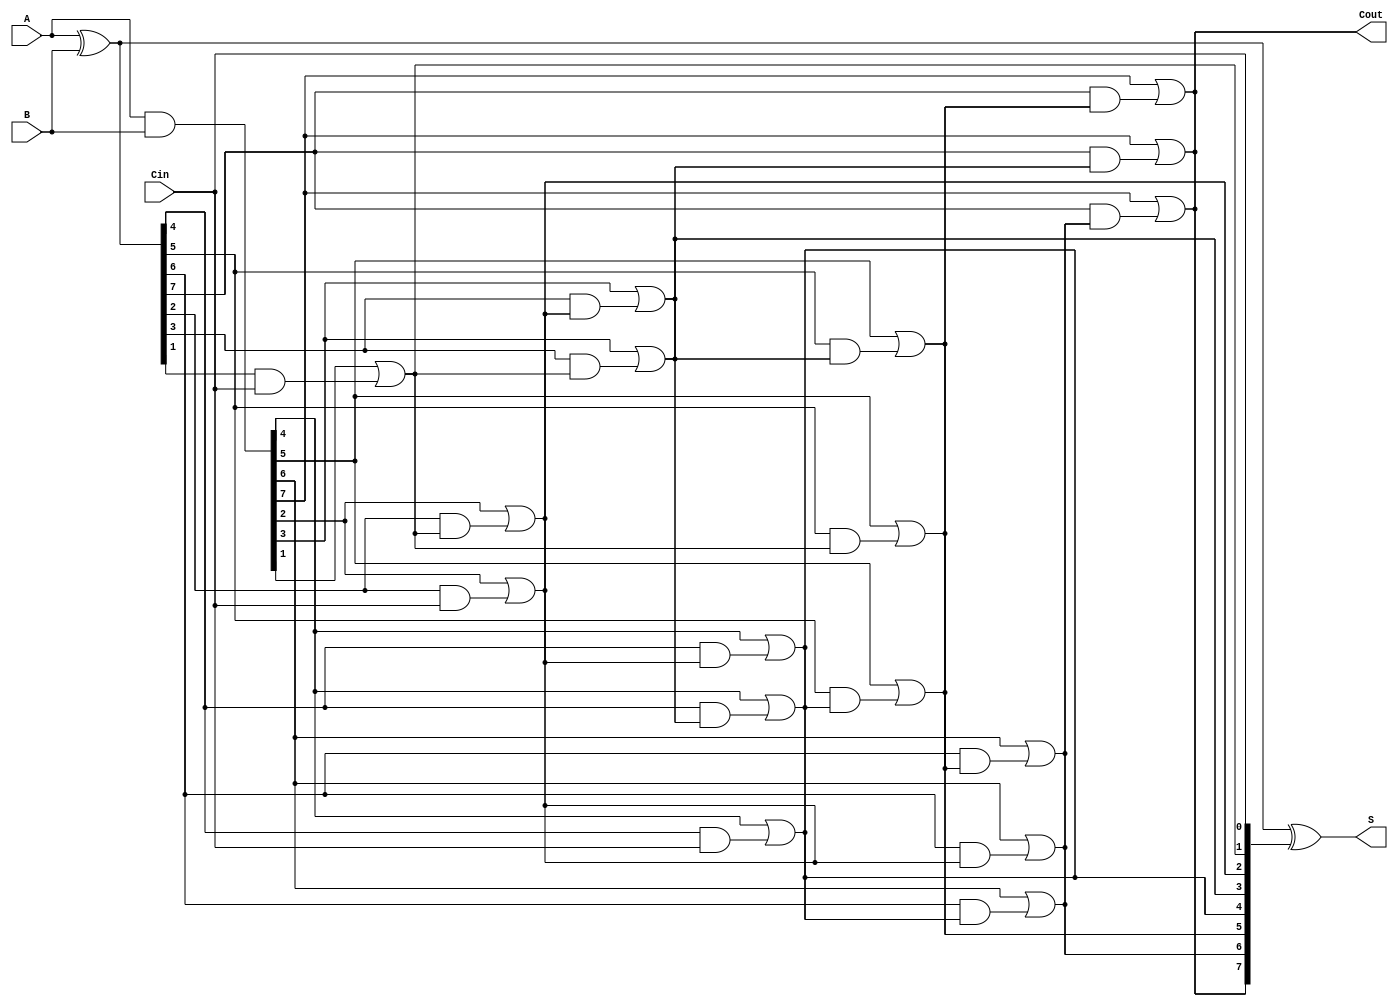
module KoggeStoneAdder #(parameter n = 8) (
    input  [n-1:0] A,         // First operand
    input  [n-1:0] B,         // Second operand
    input          Cin,        // Carry input
    output [n-1:0] S,         // Sum
    output         Cout        // Carry output
);

    // Generate and propagate signals
    wire [n-1:0] G; // Generate
    wire [n-1:0] P; // Propagate
    wire [n-1:0] C; // Carry

    // Generate and propagate calculations
    assign G = A & B;           // Generate signal
    assign P = A ^ B;           // Propagate signal

    // Carry signal initialization
    assign C[0] = Cin;          // Initial carry

    // Kogge-Stone carry logic
    genvar i, k;
    generate
        // Parallel prefix carry generation
        for (k = 1; k < n; k = k + 1) begin : carry_generation
            for (i = 0; i < n; i = i + 1) begin : carry_compute
                if (i >= (1 << (k - 1))) begin
                    assign C[i] = G[i] | (P[i] & C[i - (1 << (k - 1))]);
                end
            end
        end
    endgenerate

    // Sum calculation
    assign S = P ^ C;           // Sum bits

    // Final carry out
    assign Cout = C[n-1];

endmodule